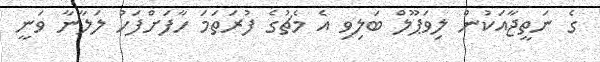
ގެ ނަތީޖާއަކުން ލިވަޕޫލް ބަލިވި އެ މެޗުގެ ފުރަތަމަ ހާފަށްފަހު ލަލާނާ ވަނީ